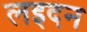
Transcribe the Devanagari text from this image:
लइदन